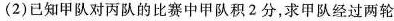
(2)已知甲队对丙队的比赛中甲队积2分，求甲队经过两轮